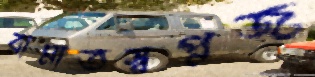
রামাতস্বপ্নজ